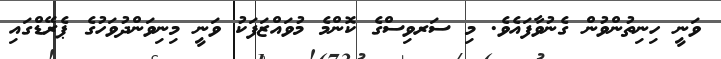
ވަނީ ހިނިތުންވުން ގެނުވާފައެވެ. މި ސަރވިސްގެ ކޮންމެ މުވައްޒަފަކު ވަނީ މިނިވަންދުވަހުގެ ޕެރޭޑްގައި